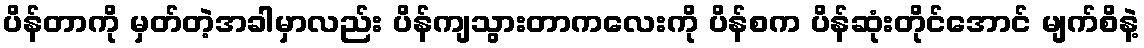
ပိန်တာကို မှတ်တဲ့အခါမှာလည်း ပိန်ကျသွားတာကလေးကို ပိန်စက ပိန်ဆုံးတိုင်အောင် မျက်စိနဲ့